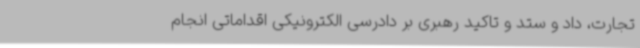
تجارت، داد و ستد و تاکید رهبری بر دادرسی الکترونیکی اقداماتی انجام